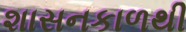
શાસનકાળથી